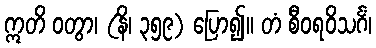
ဣတိ ဝတွာ၊ (နိ၊ ၃၅၉) ပြော၍။ တံ စီဝရဝိသင်္ဂံ၊